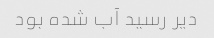
دیر رسید آب شده بود